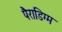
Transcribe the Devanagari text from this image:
पैराडिग्म